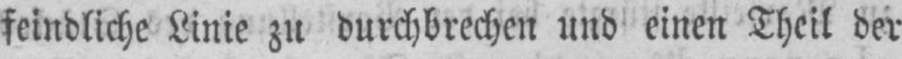
feindliche Linie zu durchbrechen und einen Theil der